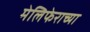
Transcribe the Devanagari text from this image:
मेलिफेराच्या